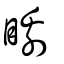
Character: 矏